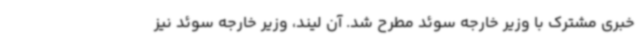
خبری مشترک با وزیر خارجه سوئد مطرح شد. آن لیند، وزیر خارجه سوئد نیز